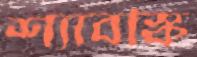
শ্যাবস্কি